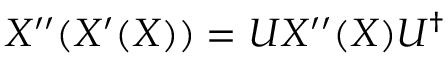
X ^ { \prime \prime } ( X ^ { \prime } ( X ) ) = U X ^ { \prime \prime } ( X ) U ^ { \dagger }